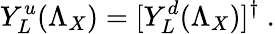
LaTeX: Y_{L}^{u}(\Lambda_{X})=[Y_{L}^{d}(\Lambda_{X})]^{\dagger}\ .